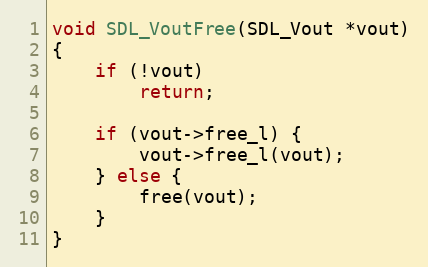
Language: C
void SDL_VoutFree(SDL_Vout *vout)
{
    if (!vout)
        return;

    if (vout->free_l) {
        vout->free_l(vout);
    } else {
        free(vout);
    }
}